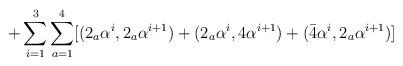
LaTeX: \begin{align*}+ \sum_{i=1}^{3} \sum_{a=1}^{4} [(2_{a}\alpha^{i},2_{a}\alpha^{i+1})+(2_{a}\alpha^{i},4\alpha^{i+1})+ (\bar{4}\alpha^{i},2_{a}\alpha^{i+1})]\end{align*}